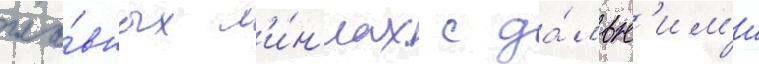
гла́вных л'и́н'иах с да́льн'им'и